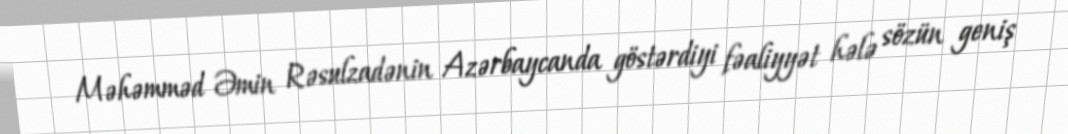
Məhəmməd Əmin Rəsulzadənin Azərbaycanda göstərdiyi fəaliyyət hələ sözün geniş